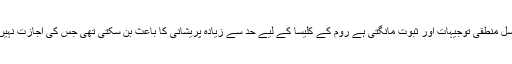
سائنس جو کہ مسلسل منطقی توجیہات اور ثبوت مانگتی ہے روم کے کلیسا کے لیے حد سے زیادہ پریشانی کا باعث بن سکتی تھی جس کی اجازت نہیں دی جاسکتی تھی۔